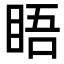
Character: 𥆐